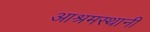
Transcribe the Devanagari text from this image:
आश्रमस्थानी